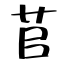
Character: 苢